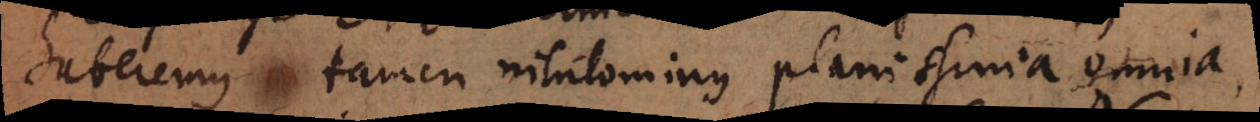
haberemus tamen nihilominus planissima omnia,